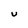
Character: U